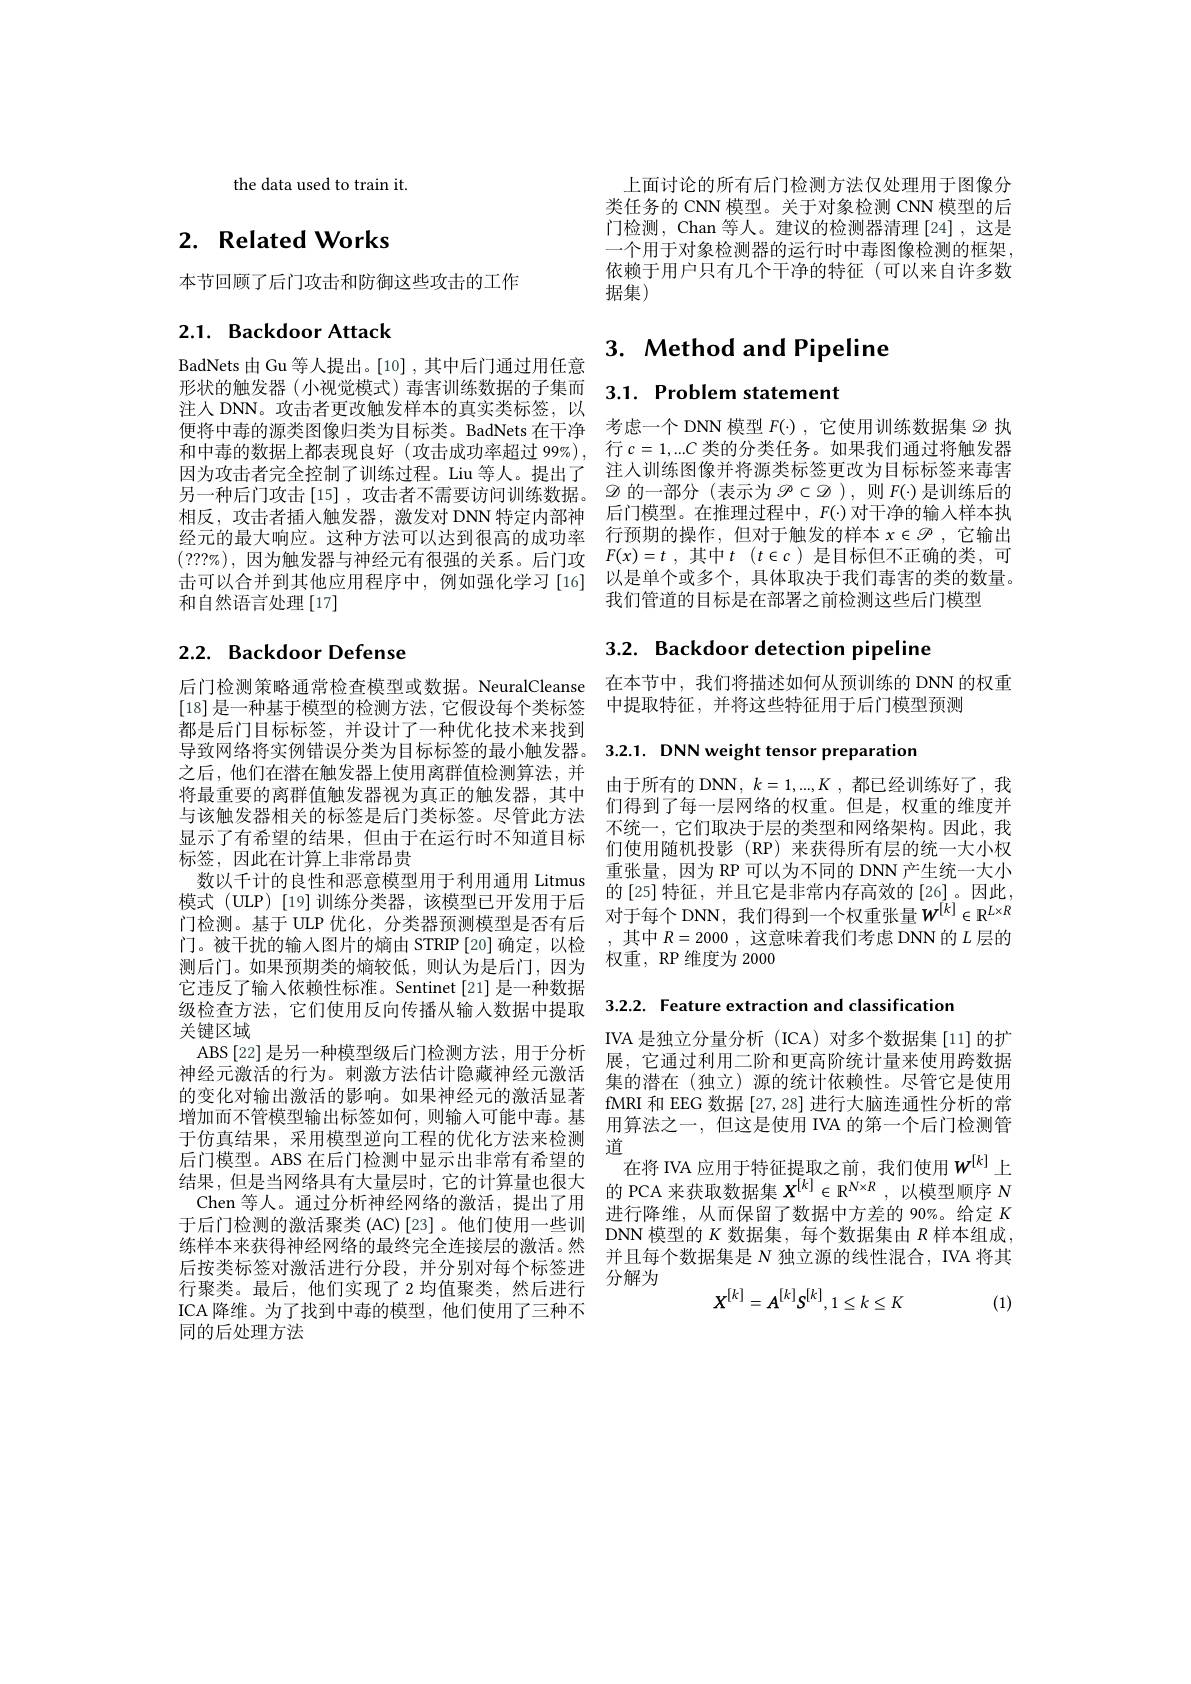
the data used to train it.

# 2. Related Works

本节回顾了后门攻击和防御这些攻击的工作

## 2.1. Backdoor Attack

BadNets 由 Gu 等人提出。[10],其中后门通过用任意形状的触发器(小视觉模式)毒害训练数据的子集而注人 DNN。攻击者更改触发样本的真实类标签，以便将中毒的源类图像归类为目标类。BadNets 在干净和中毒的数据上都表现良好 (攻击成功率超过 99%), 行$c=1,...C$类的分类任务。如果我们通过将触发器因为攻击者完全控制了训练过程。Liu 等人。提出了 注人训练图像并将源类标签更改为目标标签来毒害另一种后门攻击[15],攻击者不需要访问训练数据。$\mathscr{D}$的一部分(表示为$\mathscr{P}\subset\mathscr{D})$,则$F(\cdot)$是训练后的相反，攻击者插入触发器，激发对 DNN 特定内部神 后门模型。在推理过程中，$F(\cdot)$对干净的输人样本执经元的最大响应。这种方法可以达到很高的成功率 行预期的操作，但对于触发的样本$x\in\mathscr{P}$ ,它输出$( ? ? ? \% ) , 因 为 触 发 器 与 神 经 元 有 很 强 的 关 系 。后 门 攻$ $F( x) = t, 其 中 t$ $( t\in c)$是目标但不正确的类，可击可以合并到其他应用程序中，例如强化学习[16]
和自然语言处理[17]

# 2.2. Backdoor Defense

后门检测策略通常检查模型或数据。NeuralCleanse [18]是一种基于模型的检测方法，它假设每个类标签都是后门目标标签，并设计了一种优化技术来找到之后，他们在潜在触发器上使用离群值检测算法，并将最重要的离群值触发器视为真正的触发器，其中与该触发器相关的标签是后门类标签。尽管此方法显示了有希望的结果，但由于在运行时不知道目标标签，因此在计算上非常昂贵
数以千计的良性和恶意模型用于利用通用 Litmus 模式(ULP)[19]训练分类器，该模型已开发用于后测后门。如果预期类的熵较低，则认为是后门，因为它违反了输入依赖性标准。Sentinet[21] 是一种数据级检查方法，它们使用反向传播从输人数据中提取 3.2.2. Feature extraction and classification
关键区域
ABS[22] 是另一种模型级后门检测方法，用于分析神经元激活的行为。刺激方法估计隐藏神经元激活的变化对输出激活的影响。如果神经元的激活显著 fMRI 和 EEG 数据 [27,28] 进行大脑连通性分析的常
增加而不管模型输出标签如何，则输人可能中毒。基于仿真结果，采用模型逆向工程的优化方法来检测后门模型。ABS 在后门检测中显示出非常有希望的结 果 , 但 是 当 网 络 具 有 大 量 层 时 , 它 的 计 算 量 也 很 大 Chen等 人 通 过 分 析 油 经 网 络 的 激 活 坦 出 了 田 的 PCA 来 获 取 数 据 集 $\boldsymbol{X}^{[ k] }\in \mathbb{R} ^{\mathbb{N} \times R}$, 以 模 型 顺 序 $N$
Chen 等人。通过分析神经网络的激活，提出了用
于后门检测的激活聚类 (AC)[23]。他们使用一些训 DNN 模型的$K$数据集，每个数据集由$R$样本组成，
练样本来获得神经网络的最终完全连接层的激活。然后按类标签对激活进行分段，并分别对每个标签进行聚类。最后，他们实现了 2 均值聚类，然后进行ICA 降维。为了找到中毒的模型，他们使用了三种不同的后处理方法

上面讨论的所有后门检测方法仅处理用于图像分类任务的 CNN 模型。关于对象检测 CNN 模型的后门检测，Chan 等人。建议的检测器清理[24],这是一个用于对象检测器的运行时中毒图像检测的框架， 依赖于用户只有几个干净的特征(可以来自许多数据集)

# 3. Method and Pipeline

3.1. Problem statement

考虑一个 DNN 模型$F(\cdot)$,它使用训练数据集$\mathscr{D}$执以是单个或多个，具体取决于我们毒害的类的数量。我们管道的目标是在部署之前检测这些后门模型

# 3.2. Backdoor detection pipeline

在本节中，我们将描述如何从预训练的 DNN 的权重
中提取特征，并将这些特征用于后门模型预测

导致网络将实例错误分类为目标标签的最小触发器。3.2.1. DNN weight tensor preparation

由于所有的 DNN, $k=1,...,K$ ,都已经训练好了，我们得到了每一层网络的权重。但是，权重的维度并不统一，它们取决于层的类型和网络架构。因此，我们使用随机投影(RP)来获得所有层的统一大小权重张量，因为 RP 可以为不同的 DNN产生统一大小的[25]特征，并且它是非常内存高效的[26]。因此，
惧 式 ( ULP) [ 19] 训 练 分 突 器 , 改 模 型 已 开 友 用 于 后 门 检 测 。基 于 ULP 优 化 , 分 类 器 预 测 模 型 是 否 有 后 对 于 每 个 DNN, 我 们 得 到 一 个 权 重 张 量 $W^{[ k] }\in \mathbb{R} ^{L\times R}$ 门。被干扰的输入图片的熵由 STRIP [20]确定，以检 ,其中$R=2000$,这意味着我们考虑 DNN 的$L$层的
权重，RP 维度为 2000

IVA 是独立分量分析 (ICA)对多个数据集[11]的扩展，它通过利用二阶和更高阶统计量来使用跨数据集的潜在(独立)源的统计依赖性。尽管它是使用用算法之一，但这是使用 IVA 的第一个后门检测管道
在将 IVA 应用于特征提取之前，我们使用 $w^{[k]}$上进行降维，从而保留了数据中方差的 90%。给定$K$ 并且每个数据集是$N$独立源的线性混合，IVA 将其分解为
$$X^{[k]}=A^{[k]}S^{[k]},1\leq k\leq K$$
(1)